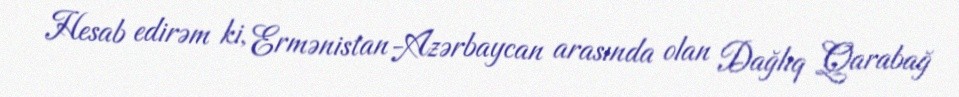
Hesab edirəm ki, Ermənistan-Azərbaycan arasında olan Dağlıq Qarabağ